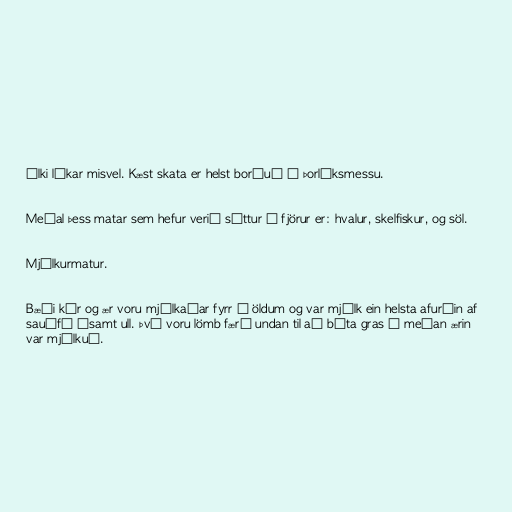
ólki líkar misvel. Kæst skata er helst borðuð á Þorláksmessu.

Meðal þess matar sem hefur verið sóttur í fjörur er: hvalur, skelfiskur, og söl.

Mjólkurmatur.

Bæði kýr og ær voru mjólkaðar fyrr á öldum og var mjólk ein helsta afurðin af
sauðfé ásamt ull. Því voru lömb færð undan til að bíta gras á meðan ærin
var mjólkuð.